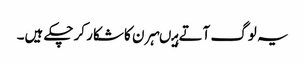
یہ لوگ آتے ہیںہرن کا شکار کرچکے ہیں۔